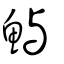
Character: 鱮